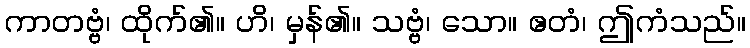
ကာတဗ္ဗံ၊ ထိုက်၏။ ဟိ၊ မှန်၏။ သဗ္ဗံ၊ သော။ ဧတံ၊ ဤကံသည်။